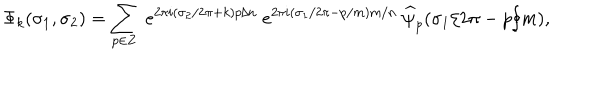
\Phi _ { k } ( \sigma _ { 1 } , \sigma _ { 2 } ) = \sum _ { p \in { \bf Z } } ~ e ^ { 2 \pi i ( \sigma _ { 2 } / 2 \pi + k ) p / n } ~ e ^ { 2 \pi i ( \sigma _ { 1 } / 2 \pi - p / m ) m / n } ~ \widehat { \psi } _ { p } ( \sigma _ { 1 } / 2 \pi - p / m ) ,